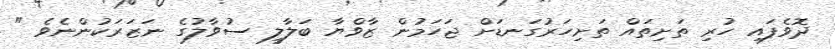
ދޮވެފައި ހުރި ތަށިތައް ތަށިހަރުގަނޑަށް ޖަހަމުން ޒާވްޔާ ބަލާލީ ސުވާލުގެ ނަޒަރަކުންނެވެ "